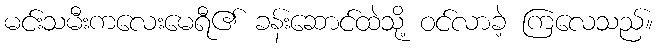
မင်းသမီးကလေးမေရီ၏ ခန်းဆောင်ထဲသို့ ဝင်လာခဲ့ ကြလေသည်။